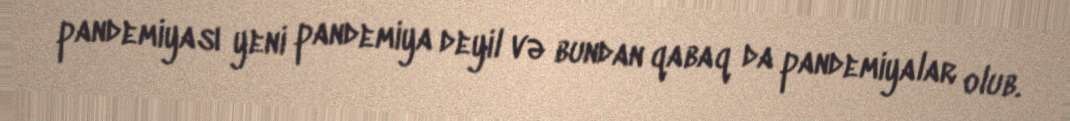
pandemiyası yeni pandemiya deyil və bundan qabaq da pandemiyalar olub.